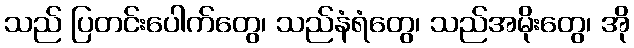
သည် ပြတင်းပေါက်တွေ၊ သည်နံရံတွေ၊ သည်အမိုးတွေ၊ အို